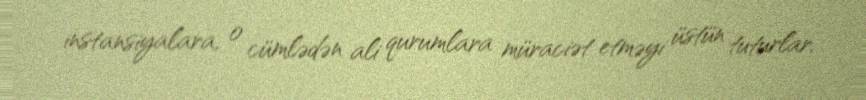
instansiyalara, o cümlədən ali qurumlara müraciət etməyi üstün tuturlar.